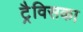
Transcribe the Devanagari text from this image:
ट्रैविसका